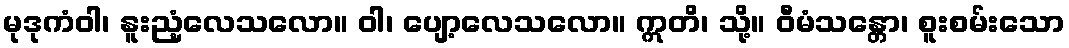
မုဒုကံဝါ၊ နူးညံ့လေသလော။ ဝါ၊ ပျော့လေသလော။ ဣတိ၊ သို့။ ဝီမံသန္တော၊ စူးစမ်းသော